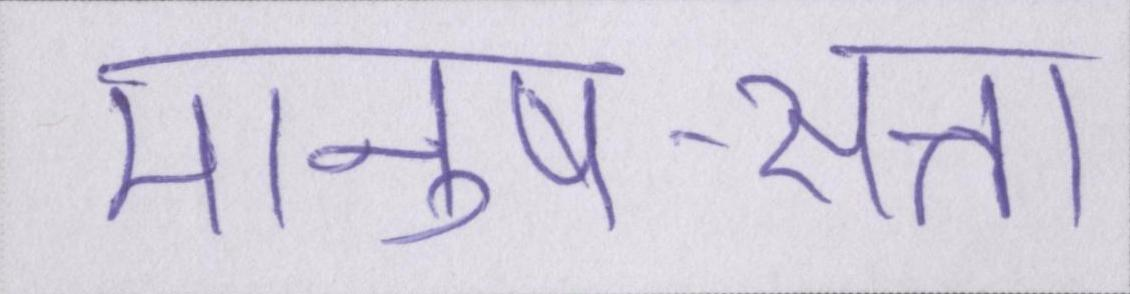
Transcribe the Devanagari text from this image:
मानुष-सत्ता